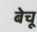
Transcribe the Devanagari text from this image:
बेचू